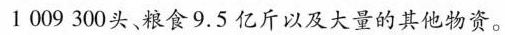
1009300头、粮食9.5亿斤以及大量的其他物资。